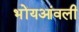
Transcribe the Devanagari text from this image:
भोंयआंवली